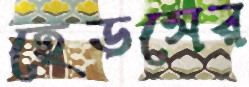
হেডসের